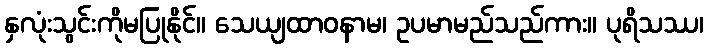
နှလုံးသွင်းကိုမပြုနိုင်။ သေယျထာဝနာမ၊ ဥပမာမည်သည်ကား။ ပုရိသဿ၊